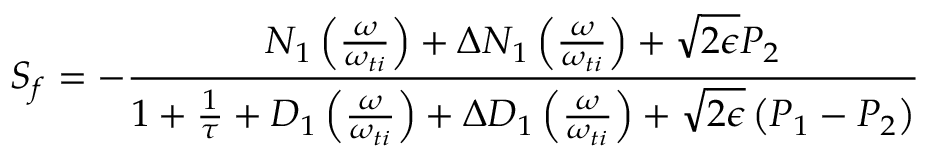
{ S _ { f } } = - \frac { N _ { 1 } \left( \frac { \omega } { \omega _ { t i } } \right) + \Delta N _ { 1 } \left( \frac { \omega } { \omega _ { t i } } \right) + \sqrt { 2 \epsilon } P _ { 2 } } { 1 + \frac { 1 } { \tau } + D _ { 1 } \left( \frac { \omega } { \omega _ { t i } } \right) + \Delta D _ { 1 } \left( \frac { \omega } { \omega _ { t i } } \right) + \sqrt { 2 \epsilon } \left( P _ { 1 } - P _ { 2 } \right) }